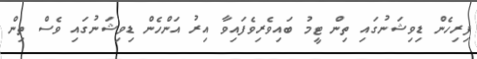
ފިރިހެން ޑިވިޝަނުގައި ތިން ޓީމު ބައިވެރިވެފައިވާ އިރު އަންހެން ޑިވިޝަނުގައި ވެސް ތިން